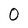
Character: O